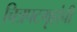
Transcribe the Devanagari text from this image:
चित्रपटगृहांची